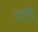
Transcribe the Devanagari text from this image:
पोड़ि